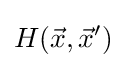
H({\vec {x}},{\vec {x}}')\,\!